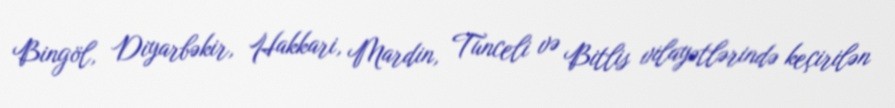
Bingöl, Diyarbəkir, Hakkari, Mardin, Tunceli və Bitlis vilayətlərində keçirilən